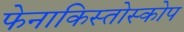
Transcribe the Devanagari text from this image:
फेनाकिस्तोस्कोप